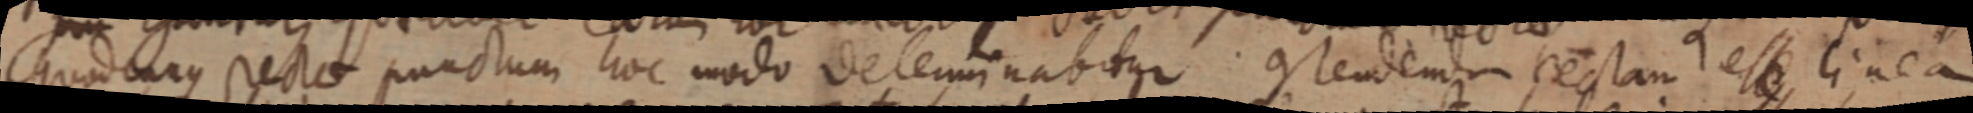
quodcunque rectae punctum hoc modo determinabitur contendemdum restam esse linea